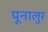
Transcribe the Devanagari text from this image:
पूनालुर